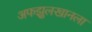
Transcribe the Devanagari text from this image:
अफझुलखानला